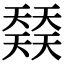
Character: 𡚌